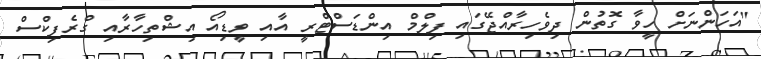
"އަހަންނަށް ހީވާ ގޮތުން ދިވެހިރާއްޖޭގައި ފިލްމް އިންޑަސްޓްރީ އާއި ވީޑިއޯ އިޝްތިހާރާއި ގްރެފިކްސް